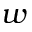
w